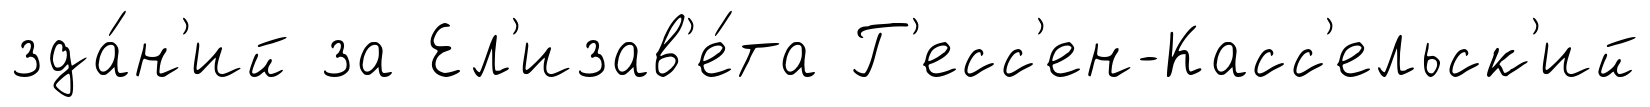
зда́н'ий за Ел'изав'е́та Г'есс'ен-Касс'ельск'ий